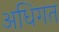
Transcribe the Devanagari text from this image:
अधिगत